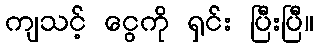
ကျသင့် ငွေကို ရှင်း ပြီးပြီ။